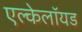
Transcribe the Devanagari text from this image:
एल्केलॉयड